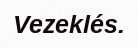
Vezeklés.